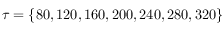
\tau = \{ 8 0 , 1 2 0 , 1 6 0 , 2 0 0 , 2 4 0 , 2 8 0 , 3 2 0 \}